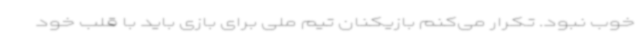
خوب نبود. تکرار می‌کنم بازیکنان تیم ملی برای بازی باید با قلب خود